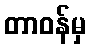
တာဝန်မှ